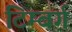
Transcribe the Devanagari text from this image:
टिम्बर्ग